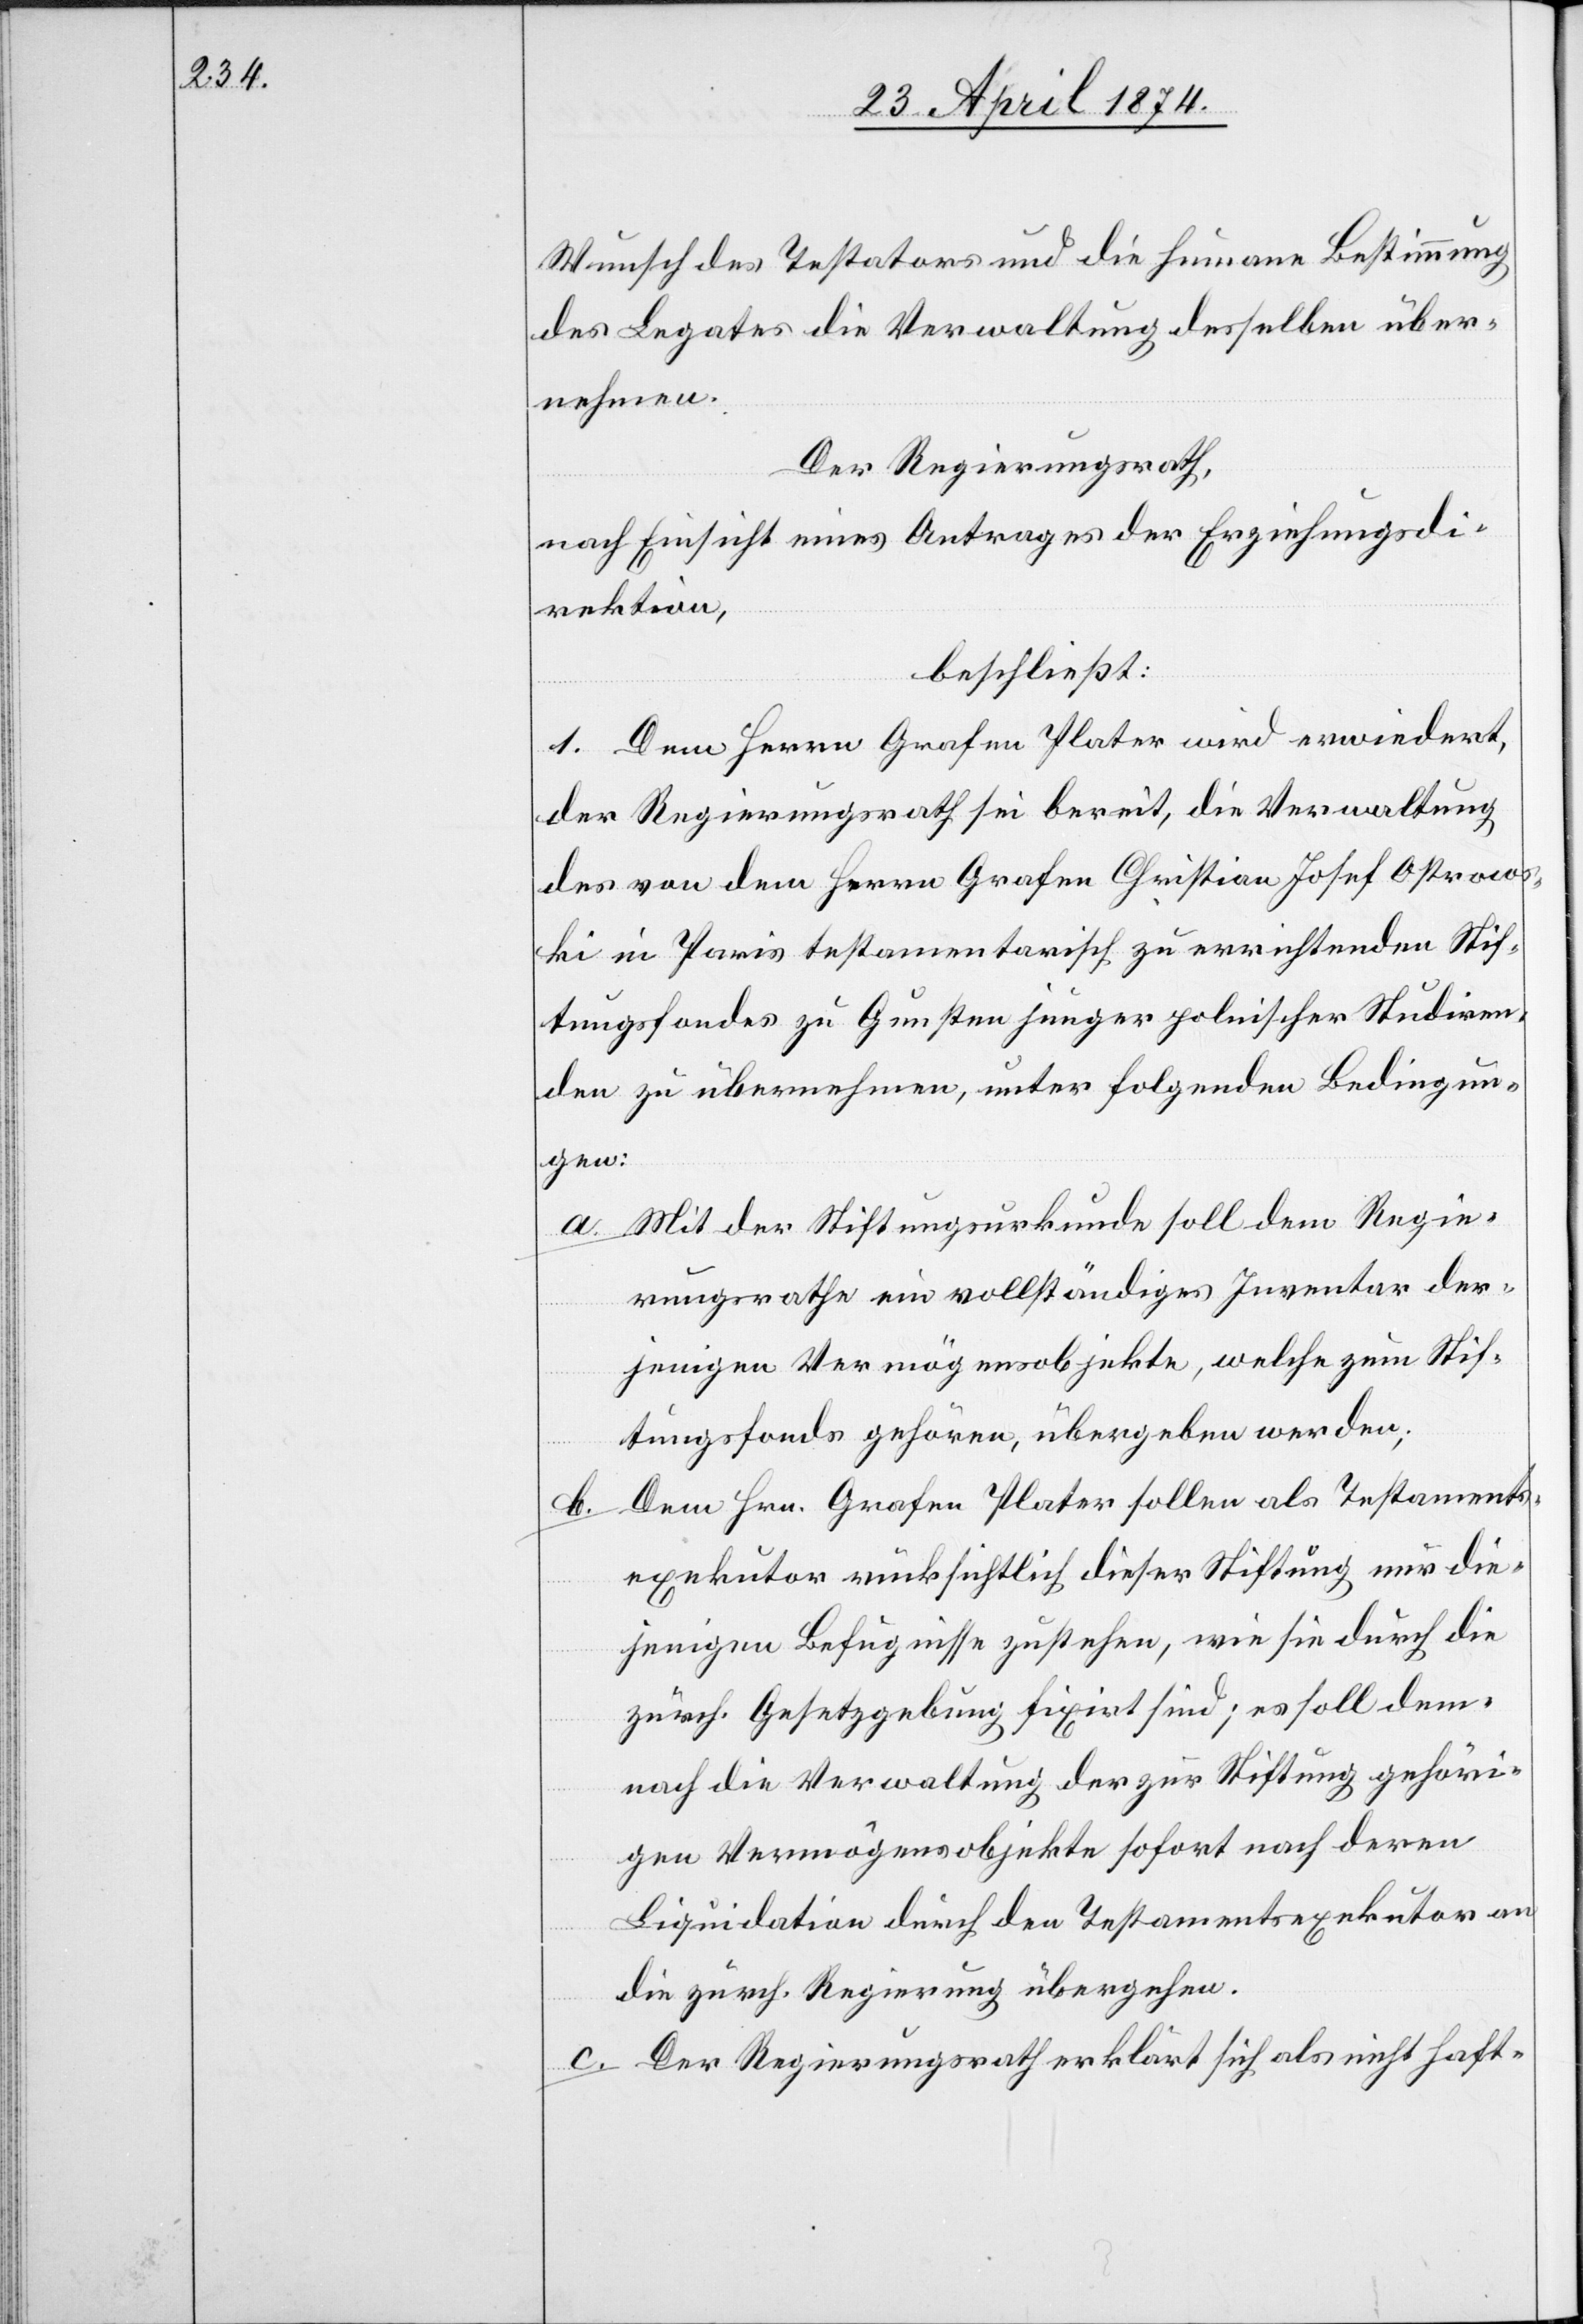
Wunsch des Testators und die humane Bestimmung
des Legates die Verwaltung desselben über¬
nehme.
Der Regierungsrath,
nach Einsicht eines Antrages der Erziehungsdi¬
rektion,
beschließt:
1. Dem Herrn Grafen Plater wird erwiedert,
der Regierungsrath sei bereit, die Verwaltung
des von dem Herrn Grafen Christian Josef Ostrows¬
ki in Paris testamentarisch zu errichtenden Stif¬
tungsfondes zu Gunsten junger polnischer Studiren¬
den zu übernehmen, unter folgenden Bedingun¬
gen:
Mit der Stiftungsurkunde soll dem Regie¬
rungsrathe ein vollständiges Inventar der¬
jenigen Vermögensobjekte, welche zum Stif¬
tungsfonds gehören, übergeben werden;
b. Dem Hrn. Grafen Plater sollen als Testaments¬
exekutor rücksichtlich dieser Stiftung nur die¬
jenigen Befugnisse zustehen, wie sie durch die
zürch. Gesetzgebung fixirt sind, es soll dem¬
nach die Verwaltung der zur Stiftung gehöri¬
gen Vermögensobjekte sofort nach deren
Liquidation durch den Testamentsexekutor an
die zürch. Regierung übergehen.
c. Der Regierungsrath erklärt sich als nicht haft-